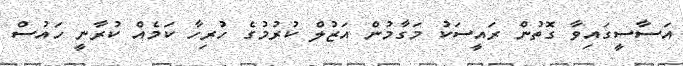
އަސާސީގައިވާ ގޮތުން ރައީސަކު މަގާމުން އަޒުލް ކުރުމުގެ ހުރިހާ ކަމެއް ކުރާނީ ހައުސް